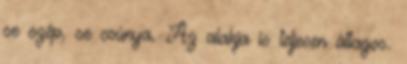
se szép, se csúnya. Az alakja is teljesen átlagos.